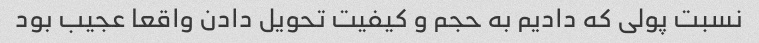
نسبت پولی که دادیم به حجم و کیفیت تحویل دادن واقعا عجیب بود